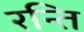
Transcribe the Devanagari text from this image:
रन्ति